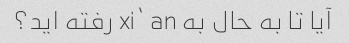
آیا تا به حال به xi’ an رفته اید؟